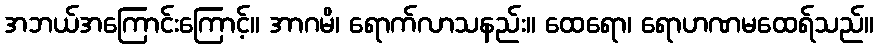
အဘယ်အကြောင်းကြောင့်။ အာဂမိ၊ ရောက်လာသနည်း။ ထေရော၊ ရောဟဏမထေရ်သည်။